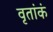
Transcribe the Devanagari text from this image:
वृतांकं